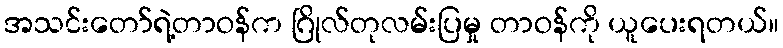
အသင်းတော်ရဲ့တာဝန်က ဂြိုလ်တုလမ်းပြမှု တာဝန်ကို ယူပေးရတယ်။